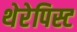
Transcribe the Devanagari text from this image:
थेरेपिस्ट